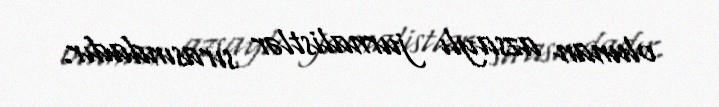
olunan azsaylı jurnalistlər sırasındadır.